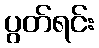
ပွတ်ရင်း